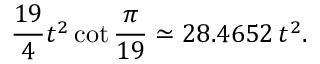
{ \frac { 1 9 } { 4 } } t ^ { 2 } \cot { \frac { \pi } { 1 9 } } \simeq 2 8 . 4 6 5 2 \, t ^ { 2 } .